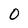
Character: 0